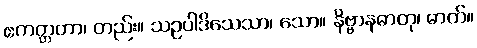
ဧကတ္တတာ၊ တည်း။ သဥပါဒိသေသာ၊ သော။ နိဗ္ဗာနဓာတု၊ ဓာတ်။